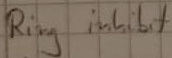
Text: Ring inhibit